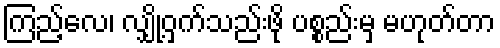
ကြည့်လေ၊ လျှို့ဝှက်သည်းဖို ပစ္စည်းမှ မဟုတ်တာ